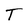
Character: T